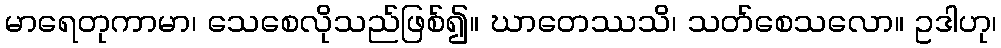
မာရေတုကာမာ၊ သေစေလိုသည်ဖြစ်၍။ ဃာတေဿသိ၊ သတ်စေသလော။ ဥဒါဟု၊